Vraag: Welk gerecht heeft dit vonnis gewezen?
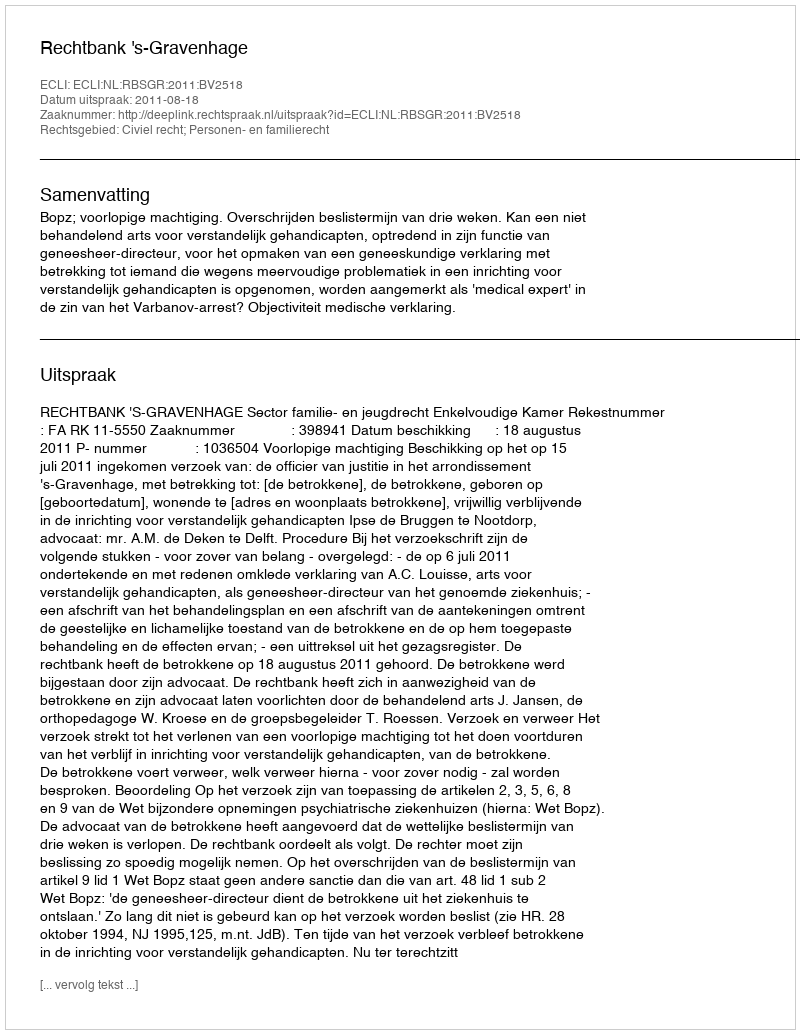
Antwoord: Rechtbank 's-Gravenhage